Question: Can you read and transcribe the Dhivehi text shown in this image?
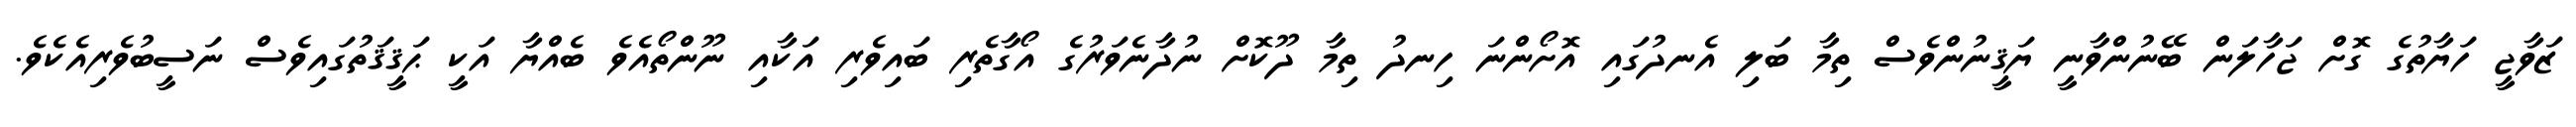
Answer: ޒަވާޖީ ހަޔާތުގެ ގޮށް ޖަހާލަން ބޭނުންވާނީ ޔަޤީނުންވެސް ތިމާ ބަލި އެނދުގައި އޮށޯންނަ ހިނދު ތިމާ ދޫކޮށް ނުދާނެވަރުގެ އޯގާތެރި ބައިވެރި އަކާއި ނޫންތޯއެވެ ބެއްޔާ އަކީ ޙަޤީޤަތުގައިވެސް ނަސީބުވެރިއެކެވެ.